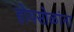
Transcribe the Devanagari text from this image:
होयसोळांना